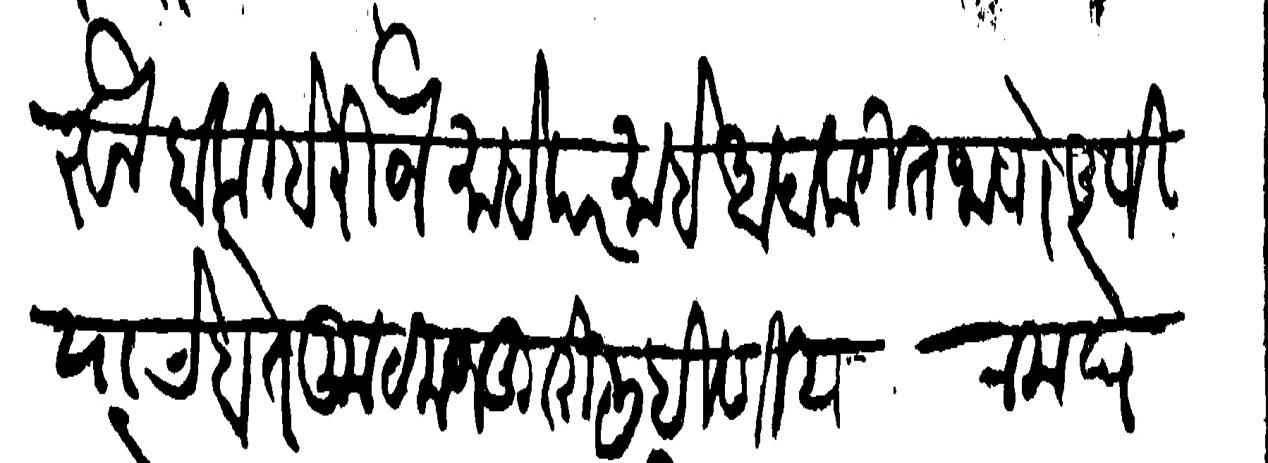
Transliteration (Devanagari): करुन बाकी बेरीज माहे दर माहे आदा करीत जाणे आणि याचे हाते कूटमजकुरी लिहिणिया चे का म घेत